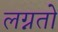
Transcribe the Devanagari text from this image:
लग्नतो